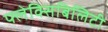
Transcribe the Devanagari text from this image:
फ्लेक्सिबिलिटी